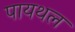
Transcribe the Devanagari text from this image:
पायथल